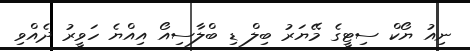
ނިއު ޔޯކް ސިޓީގެ މޭޔަރު ބިލް ޑި ބްލާސިއޯ އިއްޔެ ހަވީރު ދެއްވި